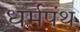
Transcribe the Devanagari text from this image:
धर्मपंथ